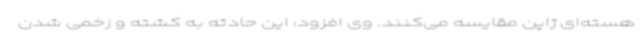
هسته‌ای ژاپن مقایسه می‌کنند. وی افزود: این حادثه به کشته و زخمی شدن